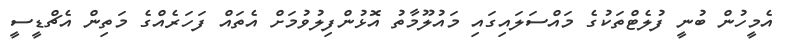
އެމީހުން ބުނީ ފުލެޓްތަކުގެ މައްސަލައިގައި މައުލޫމާތު އޮޅުންފިލުވުމަށް އެތައް ފަހަރެއްގެ މަތިން އެޗްޑީސީ